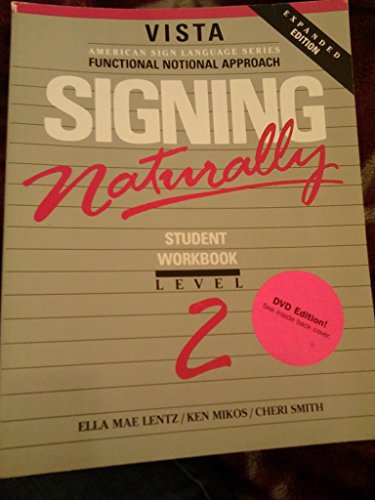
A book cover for Signing Naturally, Level 2 (Workbook & DVD); Ken Mikos; Reference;